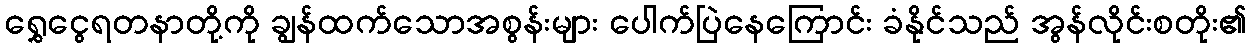
ရွှေငွေရတနာတို့ကို ချွန်ထက်သောအစွန်းများ ပေါက်ပြဲနေကြောင်း ခံနိုင်သည် အွန်လိုင်းစတိုး၏